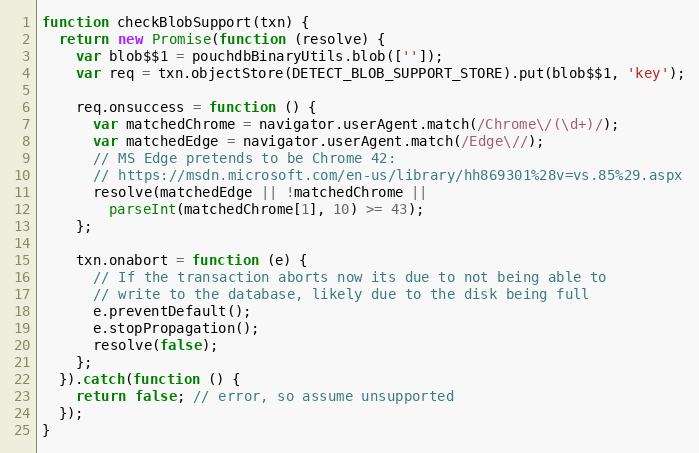
Language: JavaScript
function checkBlobSupport(txn) {
  return new Promise(function (resolve) {
    var blob$$1 = pouchdbBinaryUtils.blob(['']);
    var req = txn.objectStore(DETECT_BLOB_SUPPORT_STORE).put(blob$$1, 'key');

    req.onsuccess = function () {
      var matchedChrome = navigator.userAgent.match(/Chrome\/(\d+)/);
      var matchedEdge = navigator.userAgent.match(/Edge\//);
      // MS Edge pretends to be Chrome 42:
      // https://msdn.microsoft.com/en-us/library/hh869301%28v=vs.85%29.aspx
      resolve(matchedEdge || !matchedChrome ||
        parseInt(matchedChrome[1], 10) >= 43);
    };

    txn.onabort = function (e) {
      // If the transaction aborts now its due to not being able to
      // write to the database, likely due to the disk being full
      e.preventDefault();
      e.stopPropagation();
      resolve(false);
    };
  }).catch(function () {
    return false; // error, so assume unsupported
  });
}